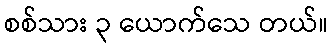
စစ်သား ၃ ယောက်သေ တယ်။